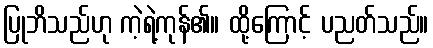
ပြုဘိသည်ဟု ကဲ့ရဲ့ကုန်၏။ ထို့ကြောင့် ပညတ်သည်။